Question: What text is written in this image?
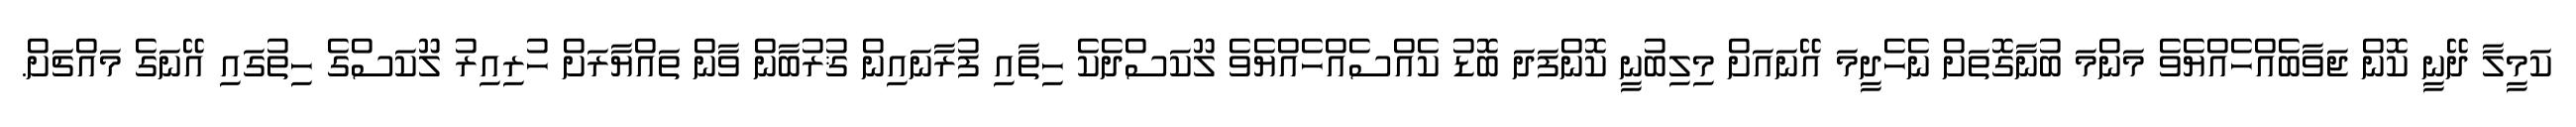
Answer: ކަމީލާ ދޭނީ ކޮން ޖަވާބެއްހެއްޔެވެ މަންމަ ބުނާގޮތަށް ނެހެދީމަ އޭނައަށް މިލިބުނީ ކޮންފަދަ ބޮޑު ކެއްސެއްހެއްޔެވެ ލޫކަސްދެކެ ހިތާއި ފުރާނައިން ޤުރުބާން ވާން ތައްޔާރަށް ހުރިއިރު ލޫކަސްގެ ހިތުގައި އޭނަގެ މައްޗަށް.